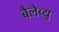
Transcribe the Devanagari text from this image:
बैलेव्यु